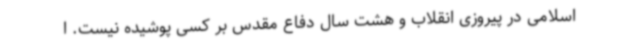
اسلامی در پیروزی انقلاب و هشت سال دفاع مقدس بر کسی پوشیده نیست. ا